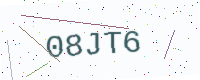
Text: 08JT6